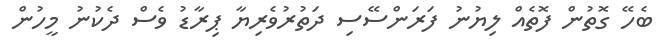
ބެހޭ ގޮތުން ފޮތެއް ލިޔުނު ފަރަންސޭސި ދަތުރުވެރިޔާ ޕިރާޑު ވެސް ދެކުނު މީހުން